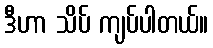
ဒီဟာ သိပ် ကျပ်ပါတယ်။